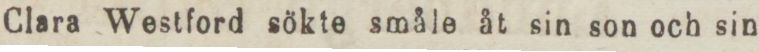
Clara Westford sökte småle åt sin son och sin